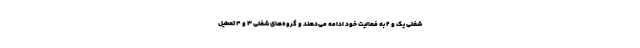
شغلی یک و ۲ به فعالیت خود ادامه می‌دهند و گروه‌های شغلی ۳ و ۴ تعطیل